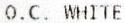
O.C. WHITE